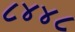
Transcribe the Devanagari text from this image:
८४४८